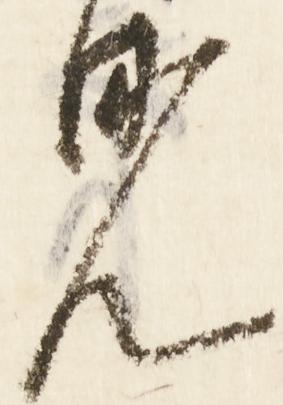
見